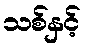
သစ်နှင့်